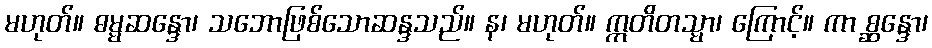
မဟုတ်။ ဓမ္မဆန္ဒော၊ သဘောဖြစ်သောဆန္ဒသည်။ န၊ မဟုတ်။ ဣတိတသ္မာ၊ ကြောင့်။ ကာ စ္ဆန္ဒော၊